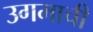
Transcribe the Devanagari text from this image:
उगमाची